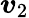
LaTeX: \boldsymbol{v}_{2}